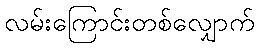
လမ်းကြောင်းတစ်လျှောက်